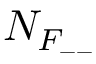
N _ { F _ { -- } }